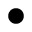
\bullet